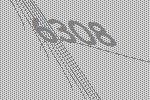
6308